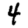
Digit: 4